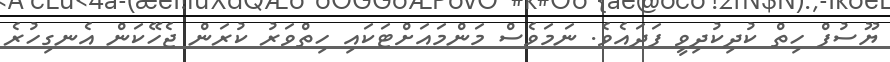
ޔޫސުފް ހިތް ކުދިކުދިވީ ފަދައެވެ. ނަމަވެސް މަންމައަށްޓަކައި ހިތްވަރު ކުރަން ޖެހޭކަން އެނގިހުރެ